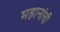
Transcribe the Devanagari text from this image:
महानांची